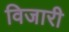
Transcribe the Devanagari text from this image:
विजारी